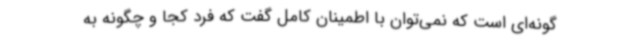
گونه‌ای است که نمی‌توان با اطمینان کامل گفت که فرد کجا و چگونه به